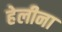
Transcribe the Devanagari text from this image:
हेलीना